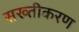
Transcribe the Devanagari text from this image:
सख्तीकरण